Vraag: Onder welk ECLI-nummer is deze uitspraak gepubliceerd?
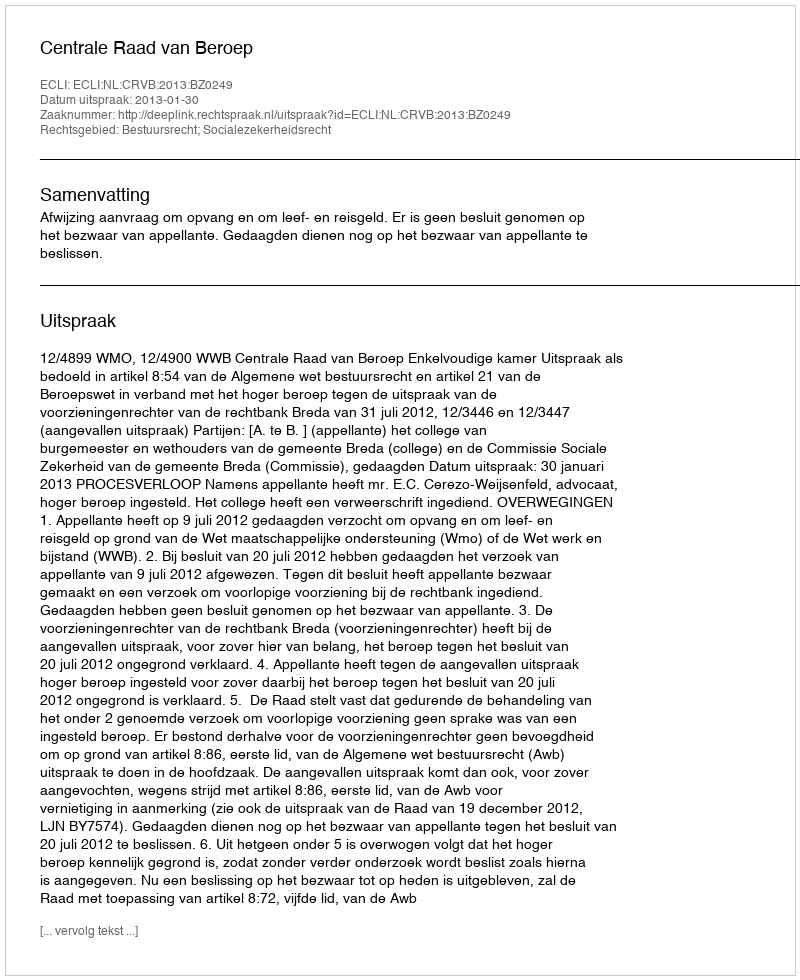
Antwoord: ECLI:NL:CRVB:2013:BZ0249